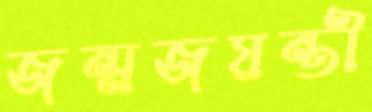
জন্মজয়ন্তী